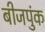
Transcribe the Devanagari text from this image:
बीजपुंक